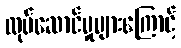
လုပ်ဆောင်မှုများကြောင့်